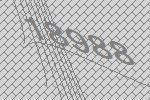
18988